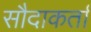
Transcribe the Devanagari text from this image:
सौदाकर्ता